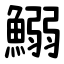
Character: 鰯